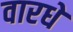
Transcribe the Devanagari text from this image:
वारधे